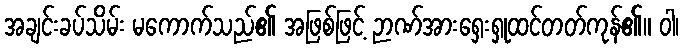
အချင်းခပ်သိမ်း မကောက်သည်၏ အဖြစ်ဖြင့် ဉာဏ်အားရှေးရှုထင်တတ်ကုန်၏။ ဝါ၊